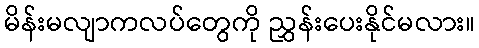
မိန်းမလျာကလပ်တွေကို ညွှန်းပေးနိုင်မလား။